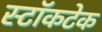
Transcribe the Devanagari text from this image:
स्टॉकटेक